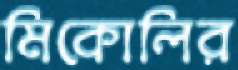
মিকোলির